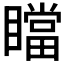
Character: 𰦄